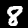
Label: 8